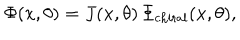
LaTeX: \Phi ( x , \theta ) = J ( x , \theta ) \, \Phi _ { \mathrm { c h i r a l } } ( x , \theta ) ,